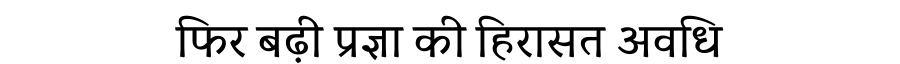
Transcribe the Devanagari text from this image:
फिर बढ़ी प्रज्ञा की हिरासत अवधि